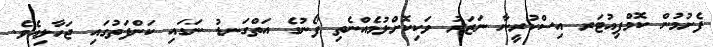
ފެށުމުން ކޮމްޕިއުޓަރ އިސްކުރީނާ ނަޒަރު ވަކިކޮށްލުމެއްނެތި ފޯނުގެ އަތްގަނޑު ނަގައި ކަންފަތުގައި ޖަހާލިއެވެ.